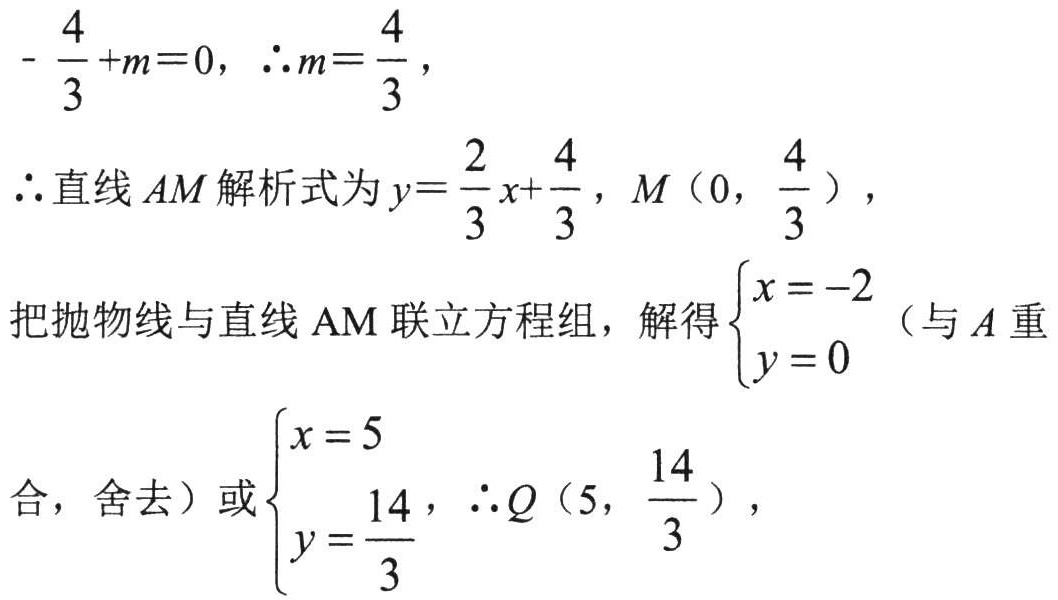
\(-\dfrac{4}{3}+m = 0\)，\(\therefore m=\dfrac{4}{3}\)，
\(\therefore\)直线\(AM\)解析式为\(y=\dfrac{2}{3}x+\dfrac{4}{3}\)，\(M\left(0,\dfrac{4}{3}\right)\)，
把抛物线与直线\(AM\)联立方程组，解得\(\begin{cases}x = - 2\\y = 0\end{cases}\)（与\(A\)重
合，舍去）或\(\begin{cases}x = 5\\y=\dfrac{14}{3}\end{cases}\)，\(\therefore Q\left(5,\dfrac{14}{3}\right)\)，